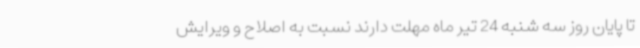
تا پایان روز سه شنبه 24 تیر ماه مهلت دارند نسبت به اصلاح و ویرایش